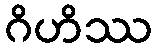
ဂိဟိဿ